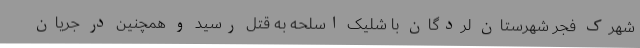
شهرک فجر شهرستان لردگان با شلیک اسلحه به قتل رسید و همچنین در جریان